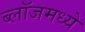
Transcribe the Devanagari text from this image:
ब्लॉजमध्ये